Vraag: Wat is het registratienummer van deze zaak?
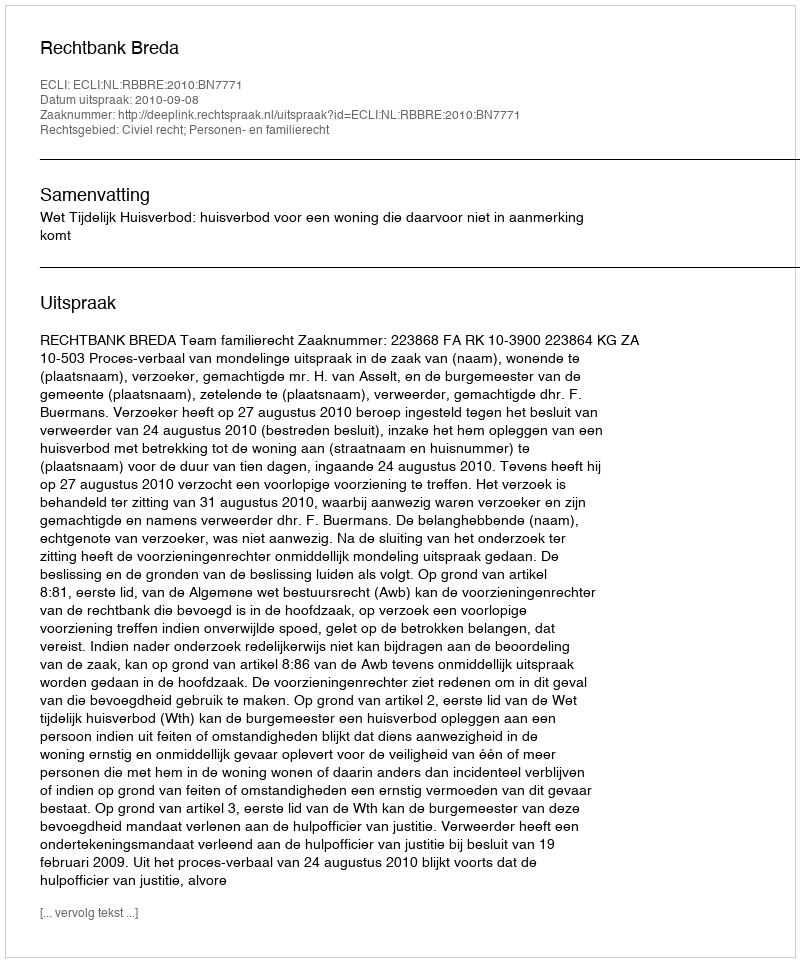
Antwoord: http://deeplink.rechtspraak.nl/uitspraak?id=ECLI:NL:RBBRE:2010:BN7771